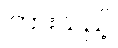
ကြားသည့်